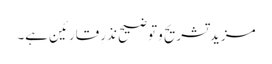
مزید تشریح و توضیح نذرِ قارئین ہے۔